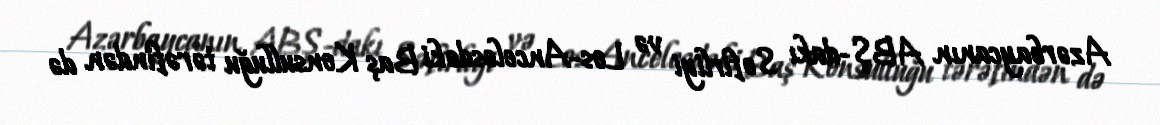
Azərbaycanın ABŞ-dakı Səfirliyi və Los-Ancelesdəki Baş Konsulluğu tərəfindən də